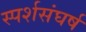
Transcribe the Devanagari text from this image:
स्पर्शसंघर्ष